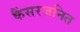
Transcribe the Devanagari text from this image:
कैंसरजनित